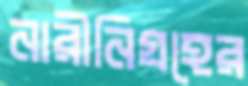
নারীনিগ্রহের